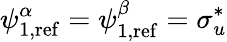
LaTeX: \psi_{1,\mathrm{ref}}^{\alpha}=\psi_{1,\mathrm{ref}}^{\beta}=\sigma_{u}^{*}